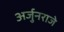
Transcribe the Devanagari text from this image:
अर्जुनराजे